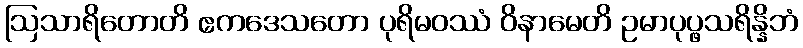
ဩသာရိတောတိ ဧကဒေသတော ပုရိမဝဿံ ဝိနာမေတိ ဥမာပုပ္ဖသရိန္နိဘံ